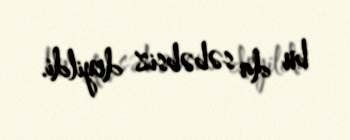
bu da səbəbsiz deyildi.